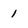
Character: 1